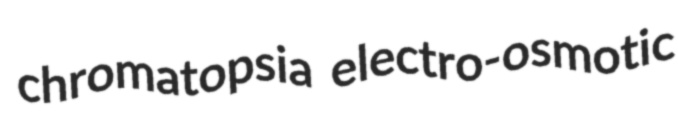
chromatopsia electro-osmotic